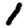
Digit: 1